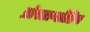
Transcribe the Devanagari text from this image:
प्रोस्टाग्लँडिन